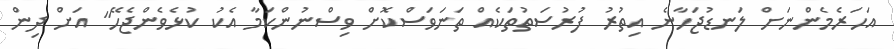
އަހަރެމެންނަށް ލަނޑުޖަހާނެ އިތުރު ފުރުސަތުތަކެއް ތަނަވަސްކޮށް ވިސްނުންކަމާ އެކު ކުޅެވެންޖެހޭ" އަށް ދިން